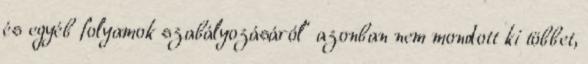
és egyéb folyamok szabályozásáról” azonban nem mondott ki többet,